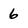
Character: 6